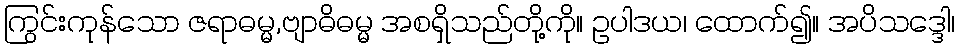
ကြွင်းကုန်သော ဇရာဓမ္မ,ဗျာဓိဓမ္မ အစရှိသည်တို့ကို။ ဥပါဒယ၊ ထောက်၍။ အပိသဒ္ဒေါ၊